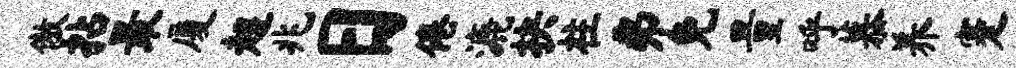
傲拈最厦超兆日倦漉抉柱弗免量呼慕养蹇